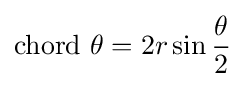
\mathrm {chord} \ \theta =2r\sin {\frac {\theta }{2}}